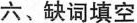
六、缺词填空